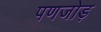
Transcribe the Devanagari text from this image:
पणजोड़